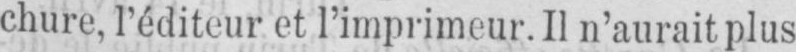
chure, l’éditeur et l’imprimeur. Il n’aurait plus